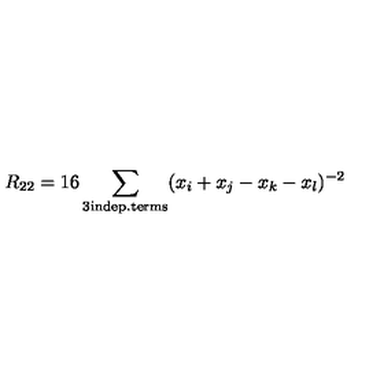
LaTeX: R _ { 2 2 } = 1 6 \sum _ { \mathrm { \tiny { 3 i n d e p . t e r m s } } } ( x _ { i } + x _ { j } - x _ { k } - x _ { l } ) ^ { - 2 }